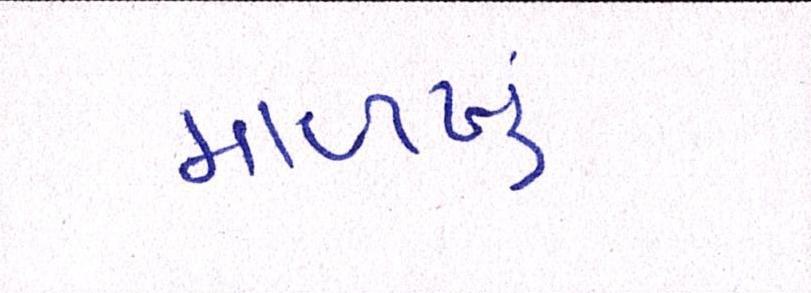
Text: માળખું